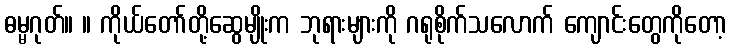
ဓမ္မဂုတ်။ ။ ကိုယ်တော်တို့ဆွေမျိုးက ဘုရားများကို ဂရုစိုက်သလောက် ကျောင်းတွေကိုတော့